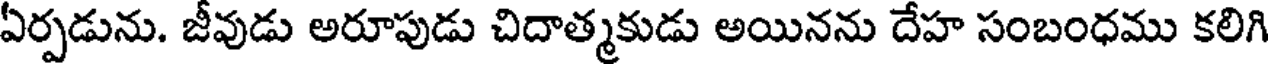
ఏర్పడును. జీవుడు అరూపుడు చిదాత్మకుడు అయినను దేహ సంబంధము కలిగి